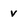
Character: v